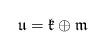
LaTeX: \begin{align*}\mathfrak{u} = \mathfrak{k} \oplus \mathfrak{m}\end{align*}